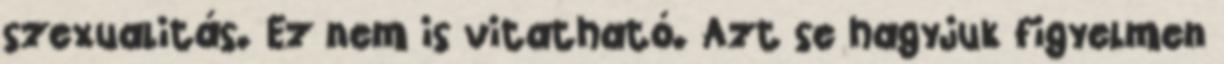
szexualitás. Ez nem is vitatható. Azt se hagyjuk figyelmen